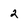
Character: 2